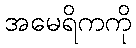
အမေရိကကို